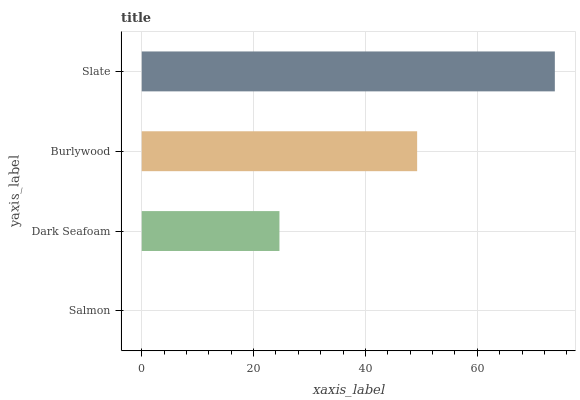
| yaxis_label | bars |
 | --- | --- |
 | Salmon | 0 |
 | Dark Seafoam | 24.6 |
 | Burlywood | 49.2 |
 | Slate | 73.8 |